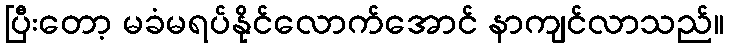
ပြီးတော့ မခံမရပ်နိုင်လောက်အောင် နာကျင်လာသည်။